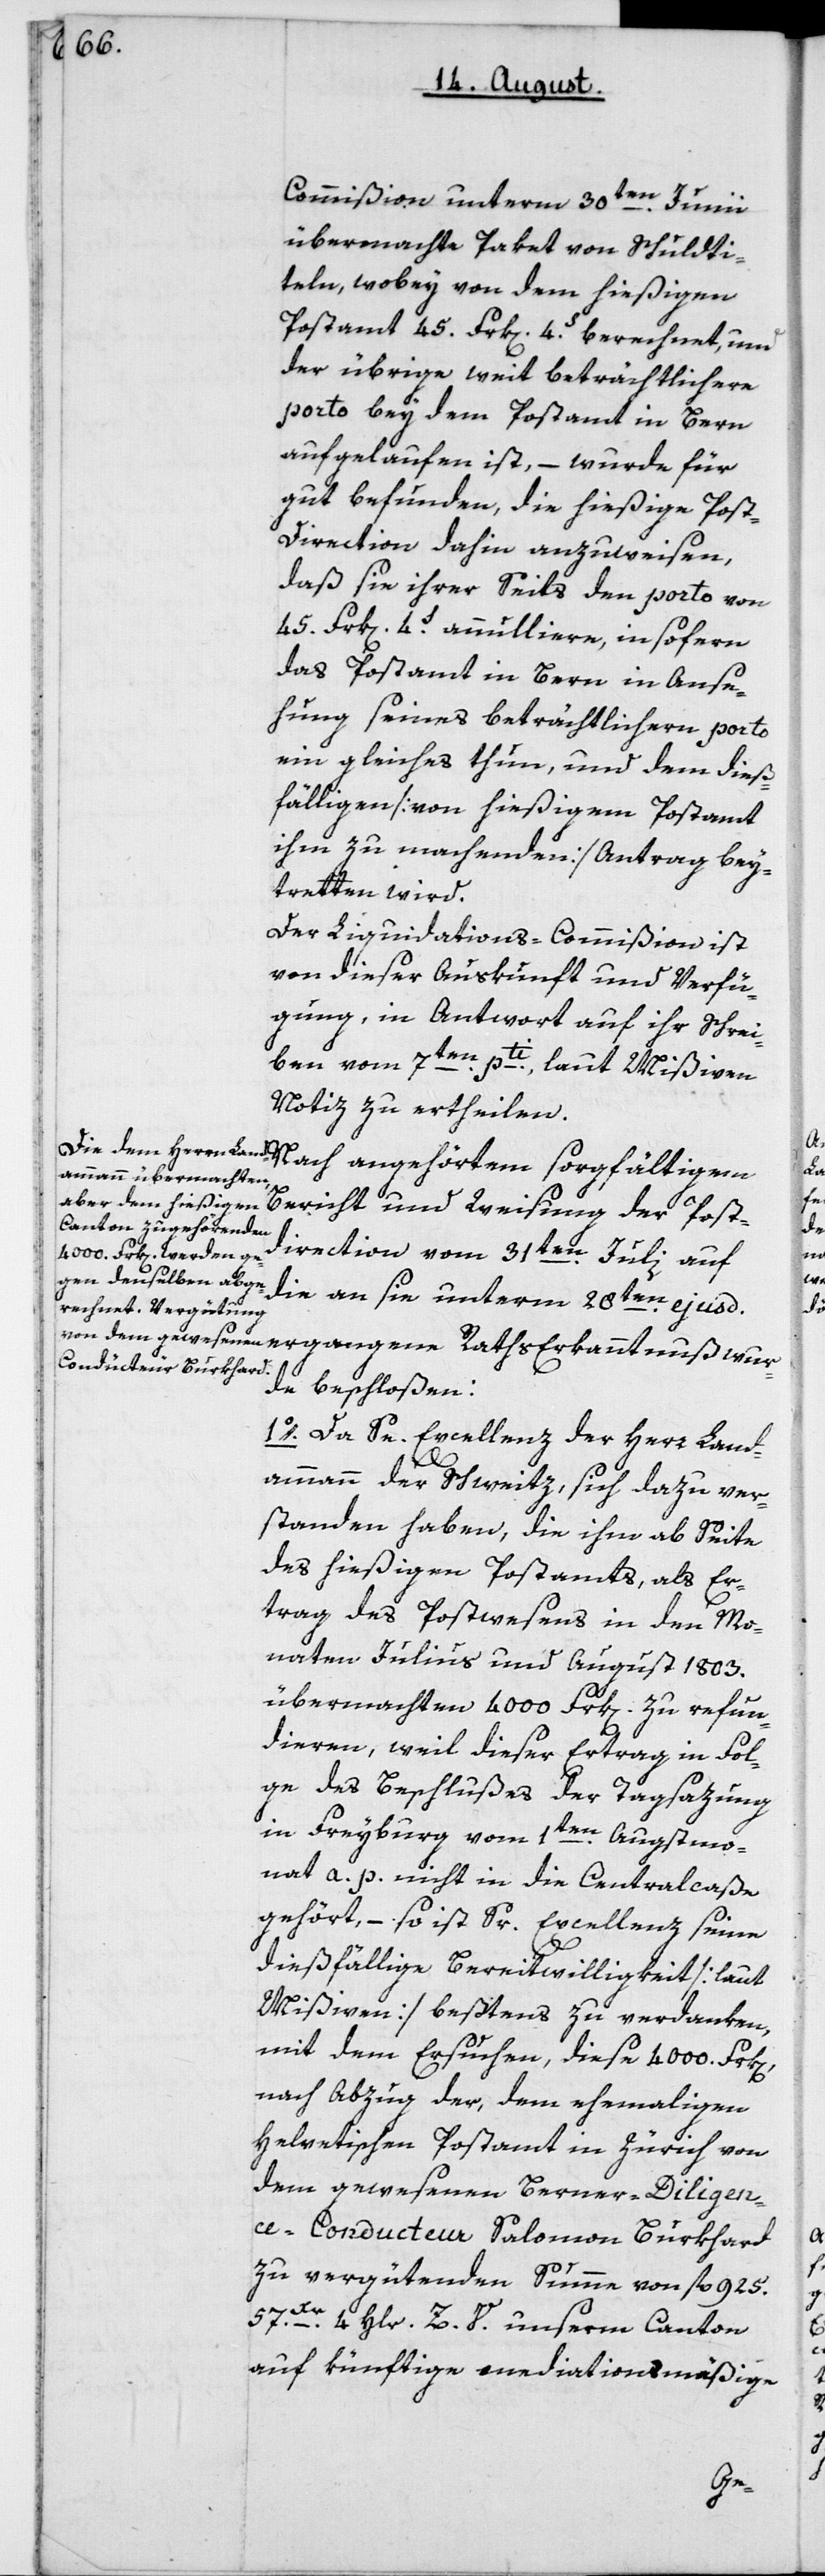
Commißion unterm 30ten Junii
übermachte Paket von Schuldti¬
teln, wobey von dem hießigen
Postamt 45 Frk[en] 4S berechnet, und
der übrige weit beträchtlichere
Porto bey dem Postamt in Bern
aufgelaufen ist, – wurde für
gut befunden, die hießige Post¬
direction dahin anzuweisen,
daß sie ihrerseits den porto von
45 Frk[en] 4S annuliere, insofern
das Postamt in Bern in Anse¬
hung seines beträchtlicheren porto
ein Gleiches thun und dem dieß¬
fälligen [von hießigem Postamt
ihm zu machenden] Antrag bey¬
tretten wird.
Die Liquidations-Commißion ist
von dieser Auskunft und Verfü¬
gung, in Antwort auf ihr Schrei¬
ben vom 7ten pti laut Mißiven
Notiz zu ertheilen.
Bericht und Weisung der Post¬
direktion vom 31ten Julii auf
die an sie unterm 28ten ejusd.
de beschloßen:
1o. Da Se. Excellenz der Herr Land¬
ammann der Schweitz, sich dazu ver¬
standen haben, die ihm ab Seite
des hießigen Postamts, als Er¬
trag des Postwesens in den Mo¬
naten Julius und August 1803.
übermachten 4000 Frk[en] zu refun¬
dieren, weil dieser Ertrag in Fol¬
ge des Beschlußes der Tagsazung
in Freyburg vom 1ten Augstmo¬
nat a. p. nicht in die Centralcaße
gehört, – so ist Sr. Excellenz seine¬
dießfälligeBereitwilligkeit [laut
Mißiven] bestens zu verdanken,
mit dem Ersuchen, diese 4000 Frk[en],
nach Abzug der, dem ehemaligen
helvetischen Postamt in Zürich von
dem gewesenen Berner-Diligen¬
ce-Conducteur Salomon Burkhard
zu vergütenden Summe von fl. 925.
57. Xr. 4 Hlr. Z. V. unserm Canton
auf künftige mediationsmäßige
wur¬